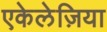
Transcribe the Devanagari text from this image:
एकेलेज़िया